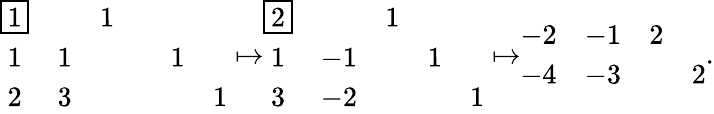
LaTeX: \begin{array}{r}{\begin{array}{cccccc}{\boxed{1}}&{}&{1}&{}&{}&{}\\ {1}&{1}&{}&{}&{1}&{}\\ {2}&{3}&{}&{}&{}&{1}\end{array}\mapsto\begin{array}{ccccc}{\boxed{2}}&{}&{1}&{}&{}\\ {1}&{-1}&{}&{1}&{}\\ {3}&{-2}&{}&{}&{1}\end{array}\mapsto\begin{array}{cccc}{-2}&{-1}&{2}&{}\\ {-4}&{-3}&{}&{2}\end{array}.}\end{array}